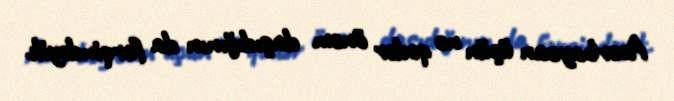
Azərbaycan üçün nə qədər önəm daşıdığının da fərqindəyik.